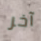
آخر